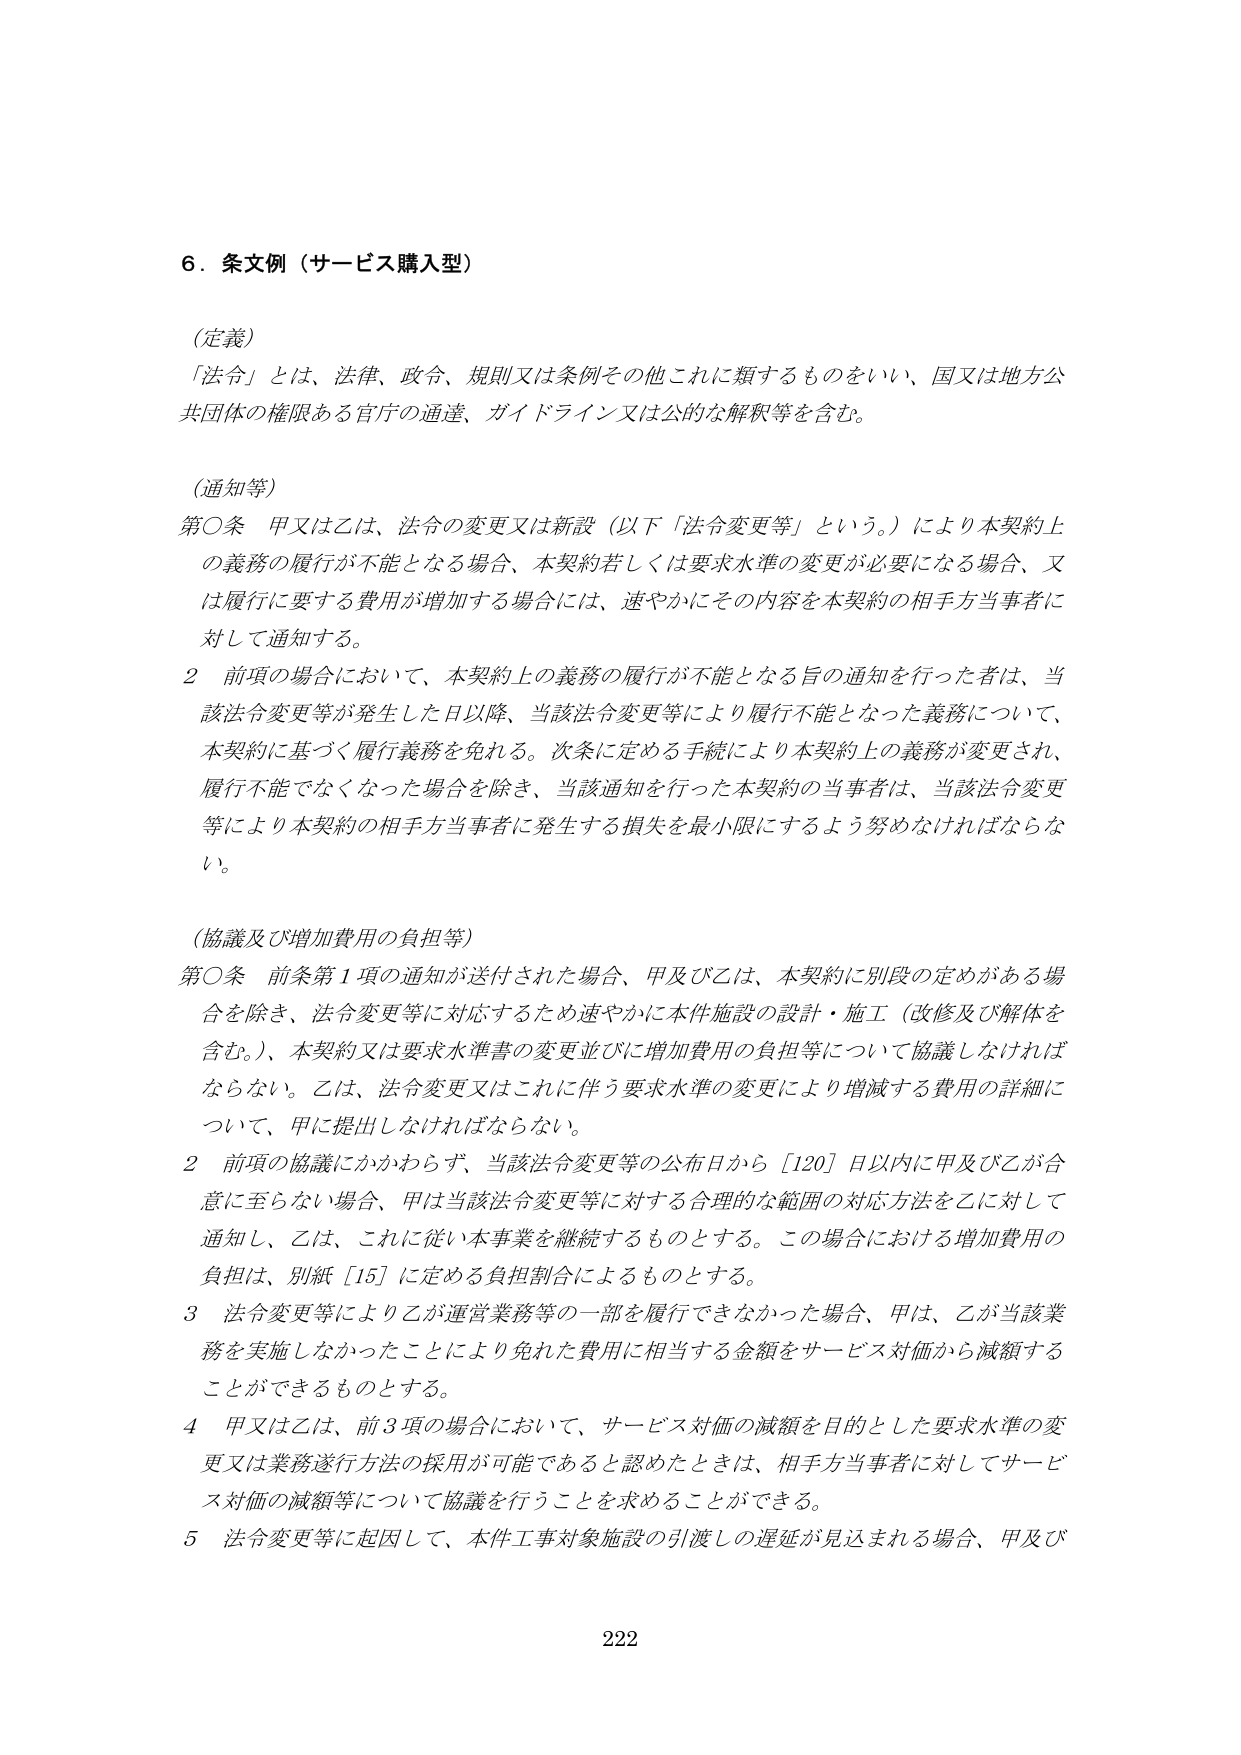
6．条文例（サービス購入型）

（定義）
「法令」とは、法律、政令、規則又は条例その他これに類するものをいい、国又は地方公共団体の権限ある官庁の通達、ガイドライン又は公的な解釈等を含む。

（通知等）
第○条 甲又は乙は、法令の変更又は新設（以下「法令変更等」という。）により本契約上の義務の履行が不能となる場合、本契約若しくは要求水準の変更が必要になる場合、又は履行に要する費用が増加する場合には、速やかにその内容を本契約の相手方当事者に対して通知する。
2 前項の場合において、本契約上の義務の履行が不能となる旨の通知を行った者は、当該法令変更等が発生した日以降、当該法令変更等により履行不能となった義務について、本契約に基づく履行義務を免れる。次条に定める手続により本契約上の義務が変更され、履行不能でなくなった場合を除き、当該通知を行った本契約の当事者は、当該法令変更等により本契約の相手方当事者に発生する損失を最小限にするよう努めなければならない。

（協議及び増加費用の負担等）
第○条 前条第1項の通知が送付された場合、甲及び乙は、本契約に別段の定めがある場合を除き、法令変更等に対応するため速やかに本件施設の設計・施工（改修及び解体を含む。）、本契約又は要求水準の変更並びに増加費用の負担等について協議しなければならない。乙は、法令変更又はこれに伴う要求水準の変更により増減する費用の詳細について、甲に提出しなければならない。
2 前項の協議にかかわらず、当該法令変更等の公布日から［120］日以内に甲及び乙が合意に至らない場合、甲は当該法令変更等に対する合理的な範囲の対応方法を乙に対して通知し、乙は、これに従い本事業を継続するものとする。この場合における増加費用の負担は、別紙［15］に定める負担割合によるものとする。
3 法令変更等により乙が運営業務等の一部を履行できなかった場合、甲は、乙が当該業務を実施しなかったことにより免れた費用に相当する金額をサービス対価から減額することができるものとする。
4 甲又は乙は、前3項の場合において、サービス対価の減額を目的とした要求水準の変更又は業務遂行方法の採用が可能であると認めたときは、相手方当事者に対してサービス対価の減額等について協議を行うことを求めることができる。
5 法令変更等に起因して、本件工事対象施設の引渡しの遅延が見込まれる場合、甲及び

222